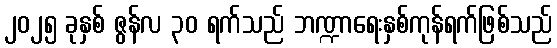
၂၀၂၅ ခုနှစ် ဇွန်လ ၃၀ ရက်သည် ဘဏ္ဍာရေးနှစ်ကုန်ရက်ဖြစ်သည်